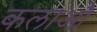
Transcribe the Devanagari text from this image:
कलाऔ